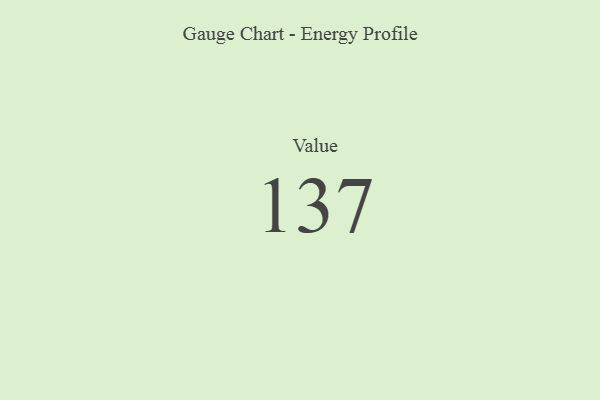
{"axis": {"x": "Metric", "y": "Value"}, "legend": [""], "data": [{"x": "Value", "y": 137, "type": ""}]}